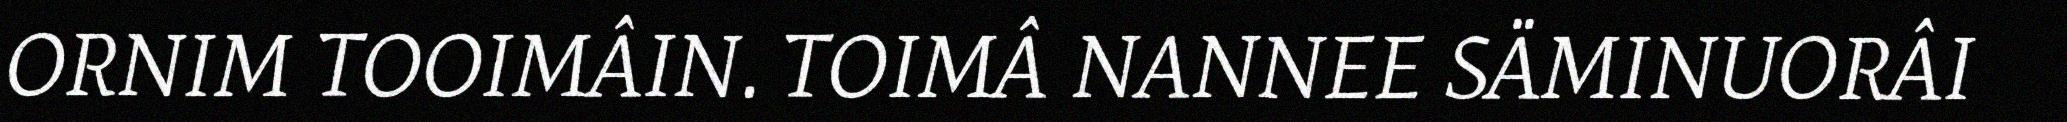
ORNIM TOOIMÂIN. TOIMÂ NANNEE SÄMINUORÂI